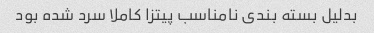
بدلیل بسته بندی نامناسب پیتزا کاملا سرد شده بود